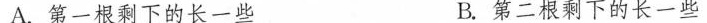
A.第一根剩下的长一些 B.第二根剩下的长一些